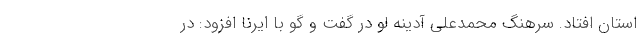
استان افتاد. سرهنگ محمدعلی آدینه لو در گفت و گو با ایرنا افزود: در